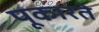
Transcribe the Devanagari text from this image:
पूकारते